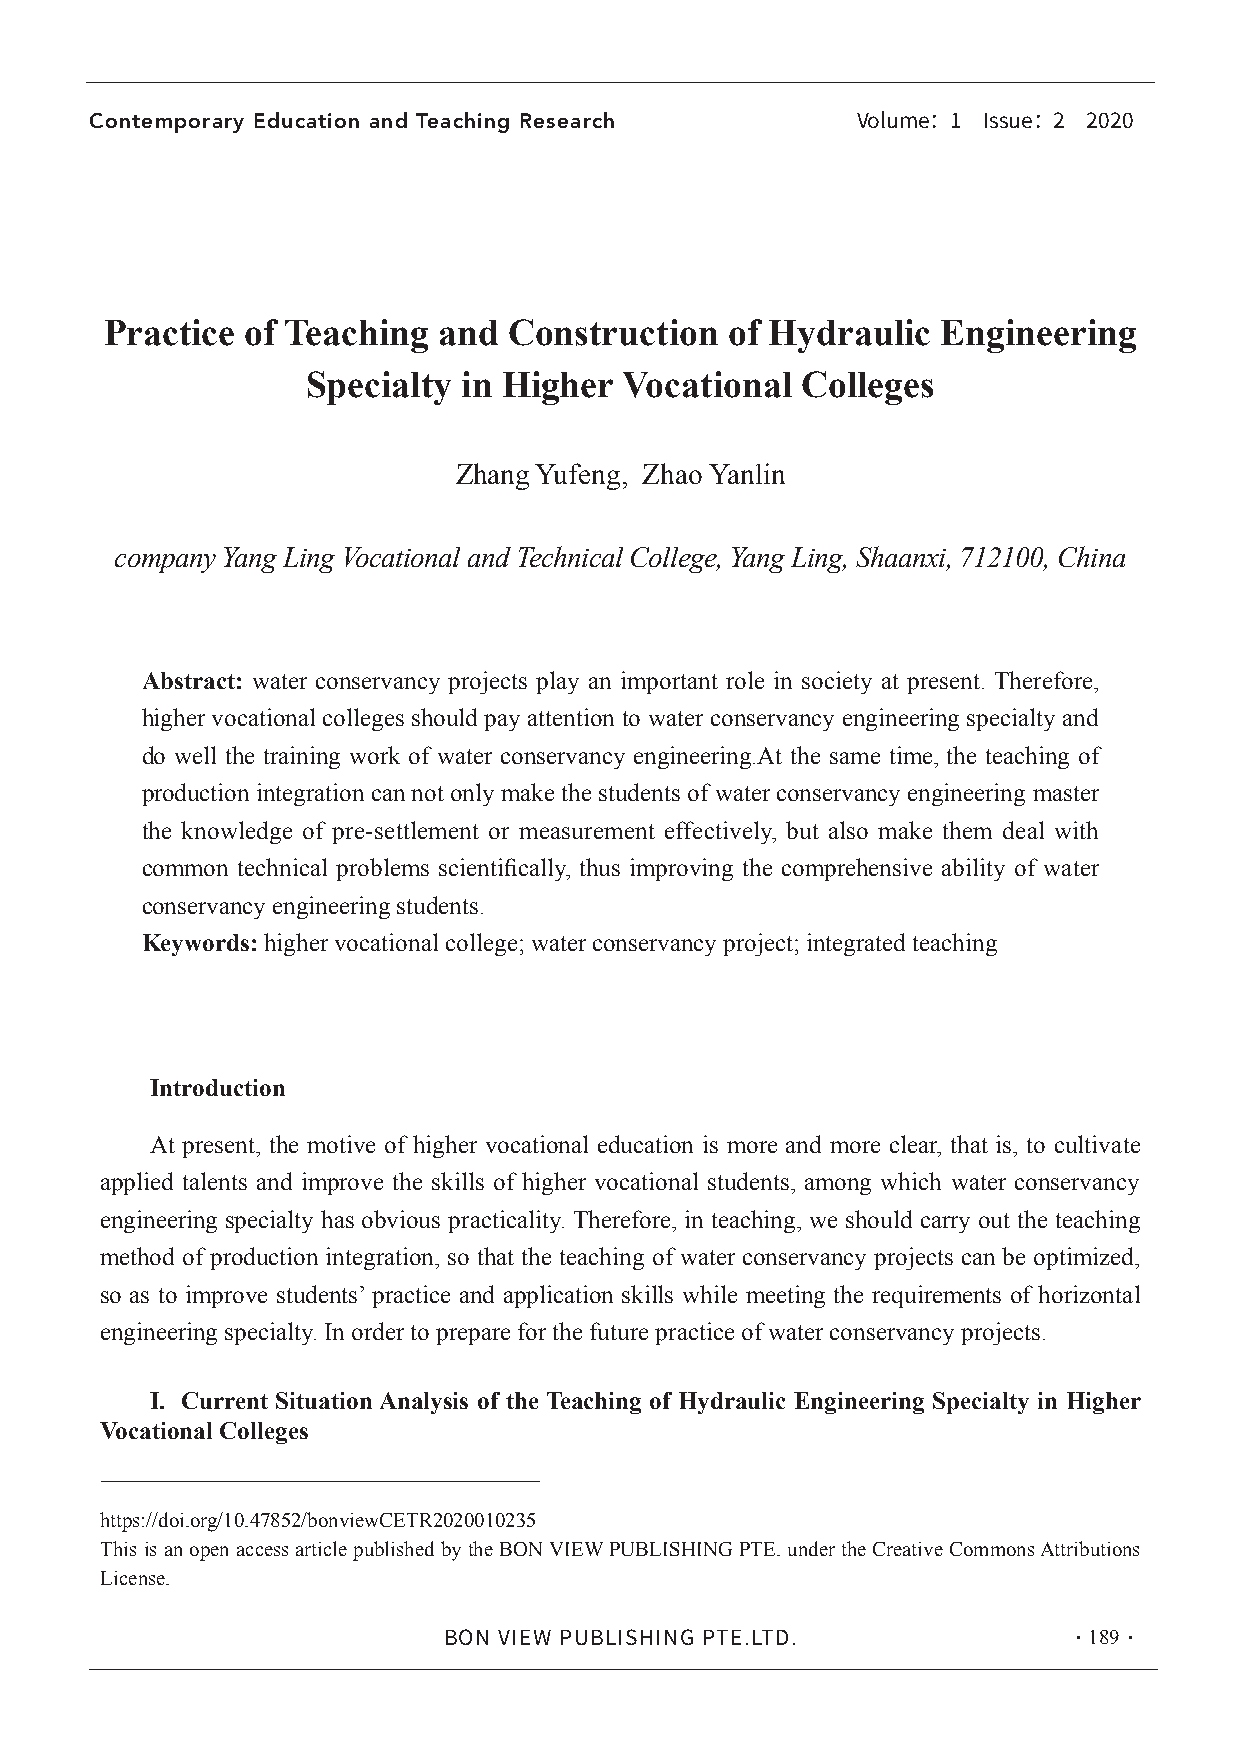
Contemporary Education and Teaching Research
 Volume：1 Issue：2 2020
 Practice of Teaching  and  Construction  of Hydraulic  Engineering
 Specialty  in Higher Vocational  Colleges
 Zhang Yufeng, Zhao Yanlin
 company Yang Ling Vocational and Technical College, Yang Ling, Shaanxi, 712100, China
 Abstract: water conservancy projects play an important role in society at present. Therefore,
 higher vocational colleges should pay attention to water conservancy engineering specialty and
 do well the training work of water conservancy engineering.At the same time, the teaching of
 production integration can not only make the students of water conservancy engineering master
 the knowledge of pre-settlement or measurement effectively, but also make them deal with
 common technical problems scientifically, thus improving the comprehensive ability of water
 conservancy engineering students.
 Keywords: higher vocational college; water conservancy project; integrated teaching
 Introduction
 At present, the motive of higher vocational education is more and more clear, that is, to cultivate
 applied talents and improve the skills of higher vocational students, among which water conservancy
 engineering specialty has obvious practicality. Therefore, in teaching, we should carry out the teaching
 method of production integration, so that the teaching of water conservancy projects can be optimized,
 so as to improve students’ practice and application skills while meeting the requirements of horizontal
 engineering specialty. In order to prepare for the future practice of water conservancy projects.
 I. Current Situation Analysis of the Teaching of Hydraulic Engineering Specialty in Higher
 Vocational Colleges
 https://doi.org/10.47852/bonviewCETR2020010235
 This is an open access article published by the BON VIEW PUBLISHING PTE. under the Creative Commons Attributions
 License.
 ·189·
 BON VIEW PUBLISHING PTE.LTD.